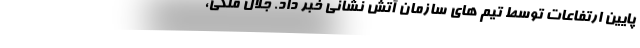
پایین ارتفاعات توسط تیم های سازمان آتش نشانی خبر داد. جلال ملکی،